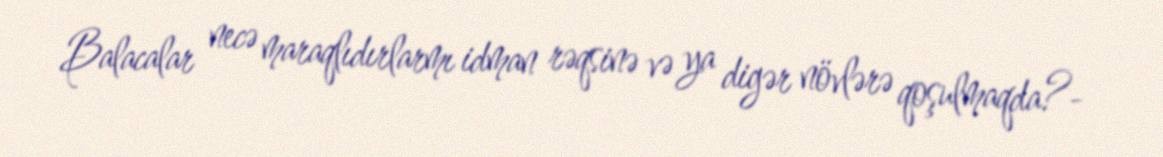
Balacalar necə maraqlıdırlarmı idman rəqsinə və ya digər növlərə qoşulmaqda?-